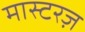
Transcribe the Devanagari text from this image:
मास्टरज़